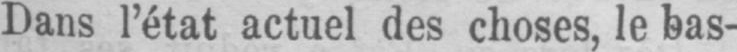
Dans l’état actuel des choses, le bas-